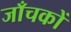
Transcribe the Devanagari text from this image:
जाँचकों